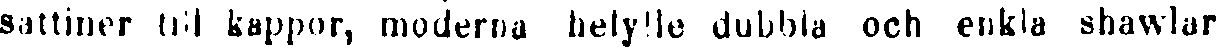
sattiner till kappor, moderna helylle dubbla och enkla shawlar